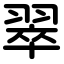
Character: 翠